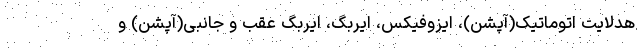
هدلایت اتوماتیک(آپشن)، ایزوفیکس، ایربگ، ایربگ عقب و جانبی(آپشن) و